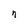
Character: n